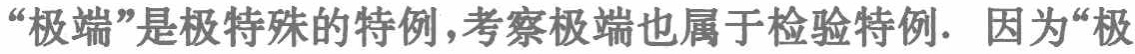
“极端”是极特殊的特例,考察极端也属于检验特例. 因为“极